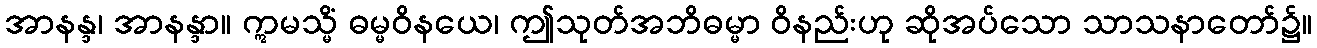
အာနန္ဒ၊ အာနန္ဒာ။ ဣမသ္မိံ ဓမ္မဝိနယေ၊ ဤသုတ်အဘိဓမ္မာ ဝိနည်းဟု ဆိုအပ်သော သာသနာတော်၌။